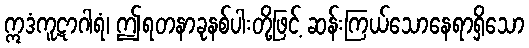
ဣဒံကူဋာဂါရံ၊ ဤရတနာခုနစ်ပါးတို့ဖြင့် ဆန်းကြယ်သောနေရာရှိသော